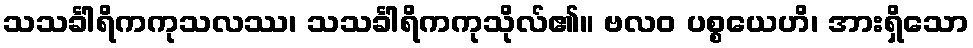
သသင်္ခါရိကကုသလဿ၊ သသင်္ခါရိကကုသိုလ်၏။ ဗလဝ ပစ္စယေဟိ၊ အားရှိသော